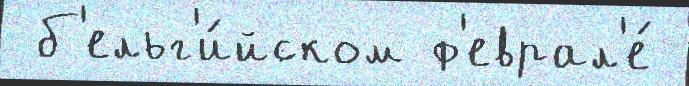
 б'ельг'и́йском ф'еврал'е́